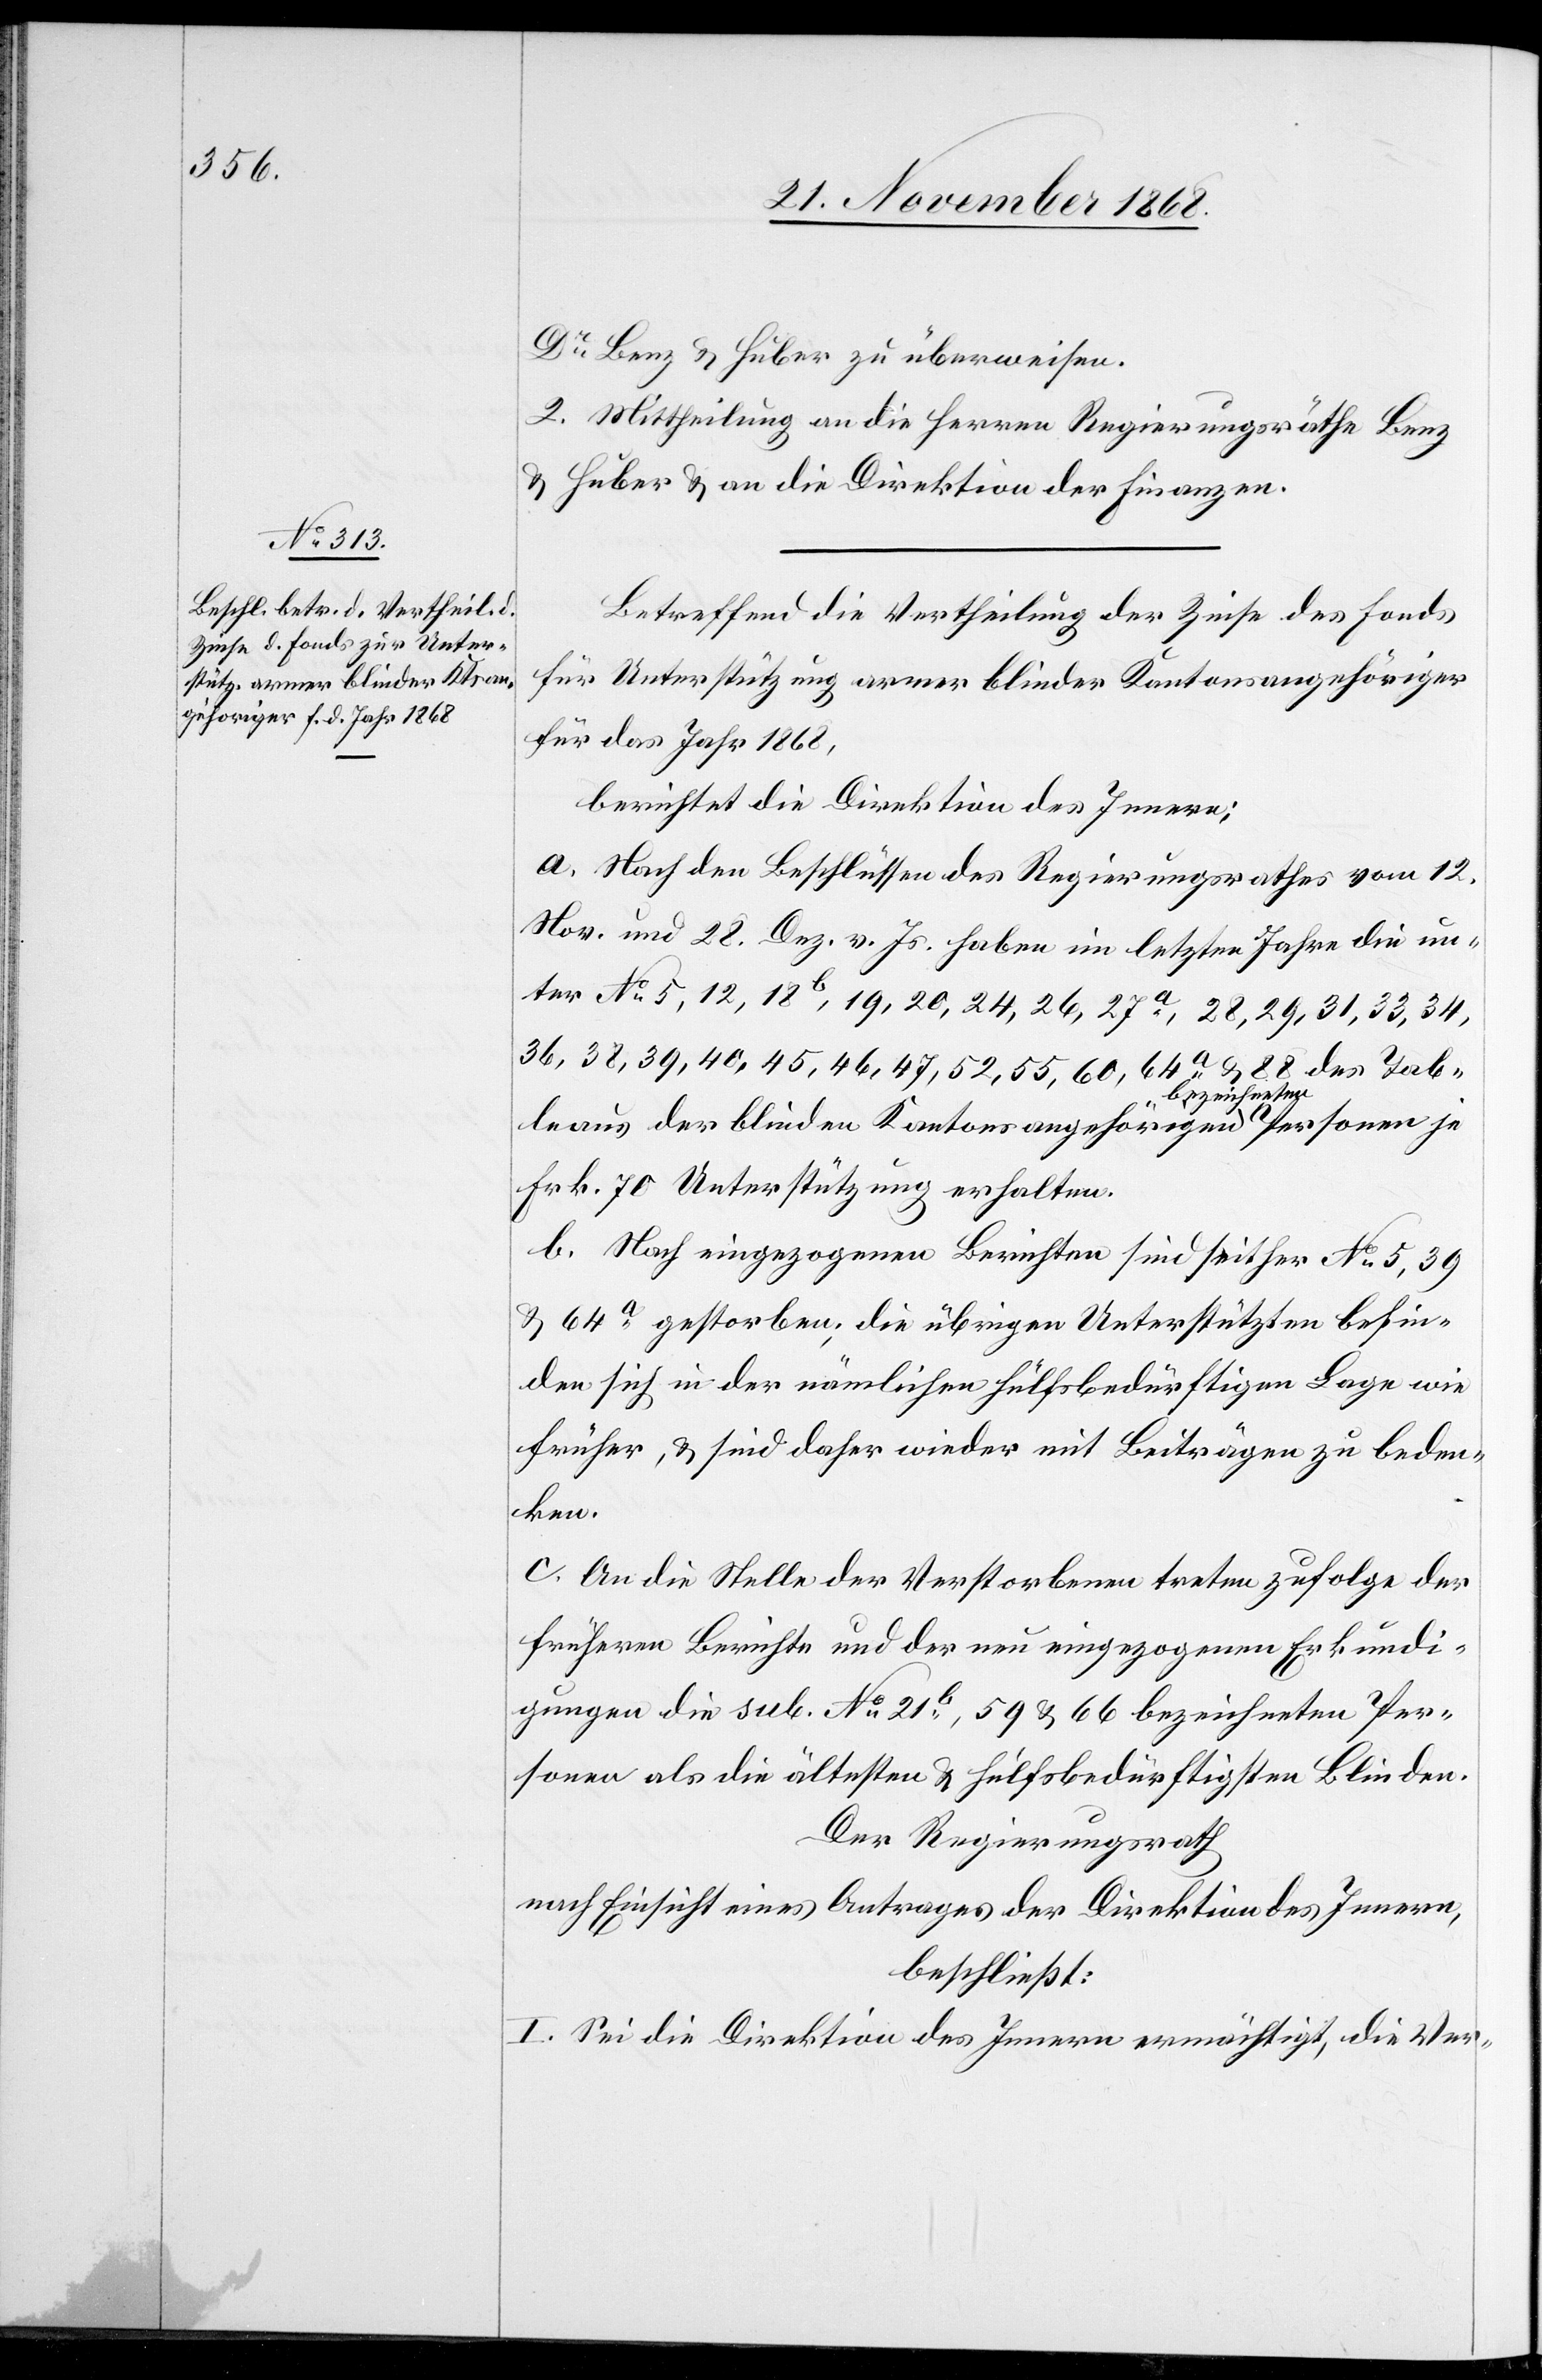
Dr Benz & Huber zu überweisen.
2. Mittheilung an die Herren Regierungsräthe Benz
& Huber & an die Direktion der Finanzen.
Betreffend die Vertheilung der Zinse des Fonds
für Unterstützung armer blinder Kantonsangehöriger
für das Jahr 1868,
berichtet die Direktion des Innern:
a. Nach den Beschlüssen des Regierungsrathes vom 12.
Nov. und 28. Dez. v. Js. haben im letzten Jahre die un¬
ter No 5, 12, 18b, 19, 20, 24, 26, 27a, 28, 29, 31, 33, 34,
36, 38, 39, 40, 45, 46, 47, 52, 55, 60, 64a & 88 des Tab¬
leaus der blinden Kantonsangehörigen bezeichneten Personen je
Frk. 70 Unterstützung erhalten.
b. Nach eingezogenen Berichten sind seither No 5, 39
& 64a gestorben, die übrigen Unterstützten befin¬
den sich in der nämlichen hülfsbedürftigen Lage wie
früher, & sind daher wieder mit Beiträgen zu beden¬
ken.
c. An die Stelle der Verstorbenen treten zufolge der
früheren Berichte und der neu eingezogenen Erkundi¬
gungen die sub. No 21b, 59 & 66 bezeichneten Per¬
sonen als die ältesten & hülfsbedürftigsten Blinden.
Der Regierungsrath
nach Einsicht eines Antrages der Direktion des Innern,
beschließt:
I. Sei die Direktion des Innern ermächtigt, die Ver-